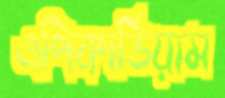
এপিকার্ডিয়াম